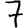
Digit: 7